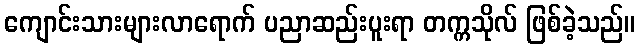
ကျောင်းသားများလာရောက် ပညာဆည်းပူးရာ တက္ကသိုလ် ဖြစ်ခဲ့သည်။